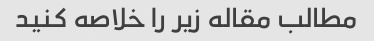
مطالب مقاله زیر را خلاصه کنید